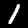
Label: 1